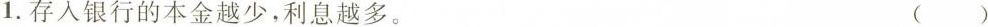
1.存入银行的本金越少，利息越多。 ()